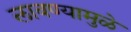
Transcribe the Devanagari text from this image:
लावण्यामुळे